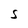
Character: s